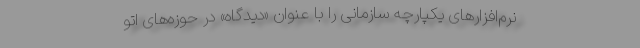
نرم‌افزارهای یکپارچه سازمانی را با عنوان «دیدگاه» در حوزه‌های اتو